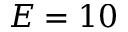
E = 1 0